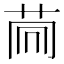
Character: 𦮏